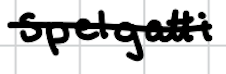
Text: Spelgatti
Cross-out: mix
Writing tool: digital_black